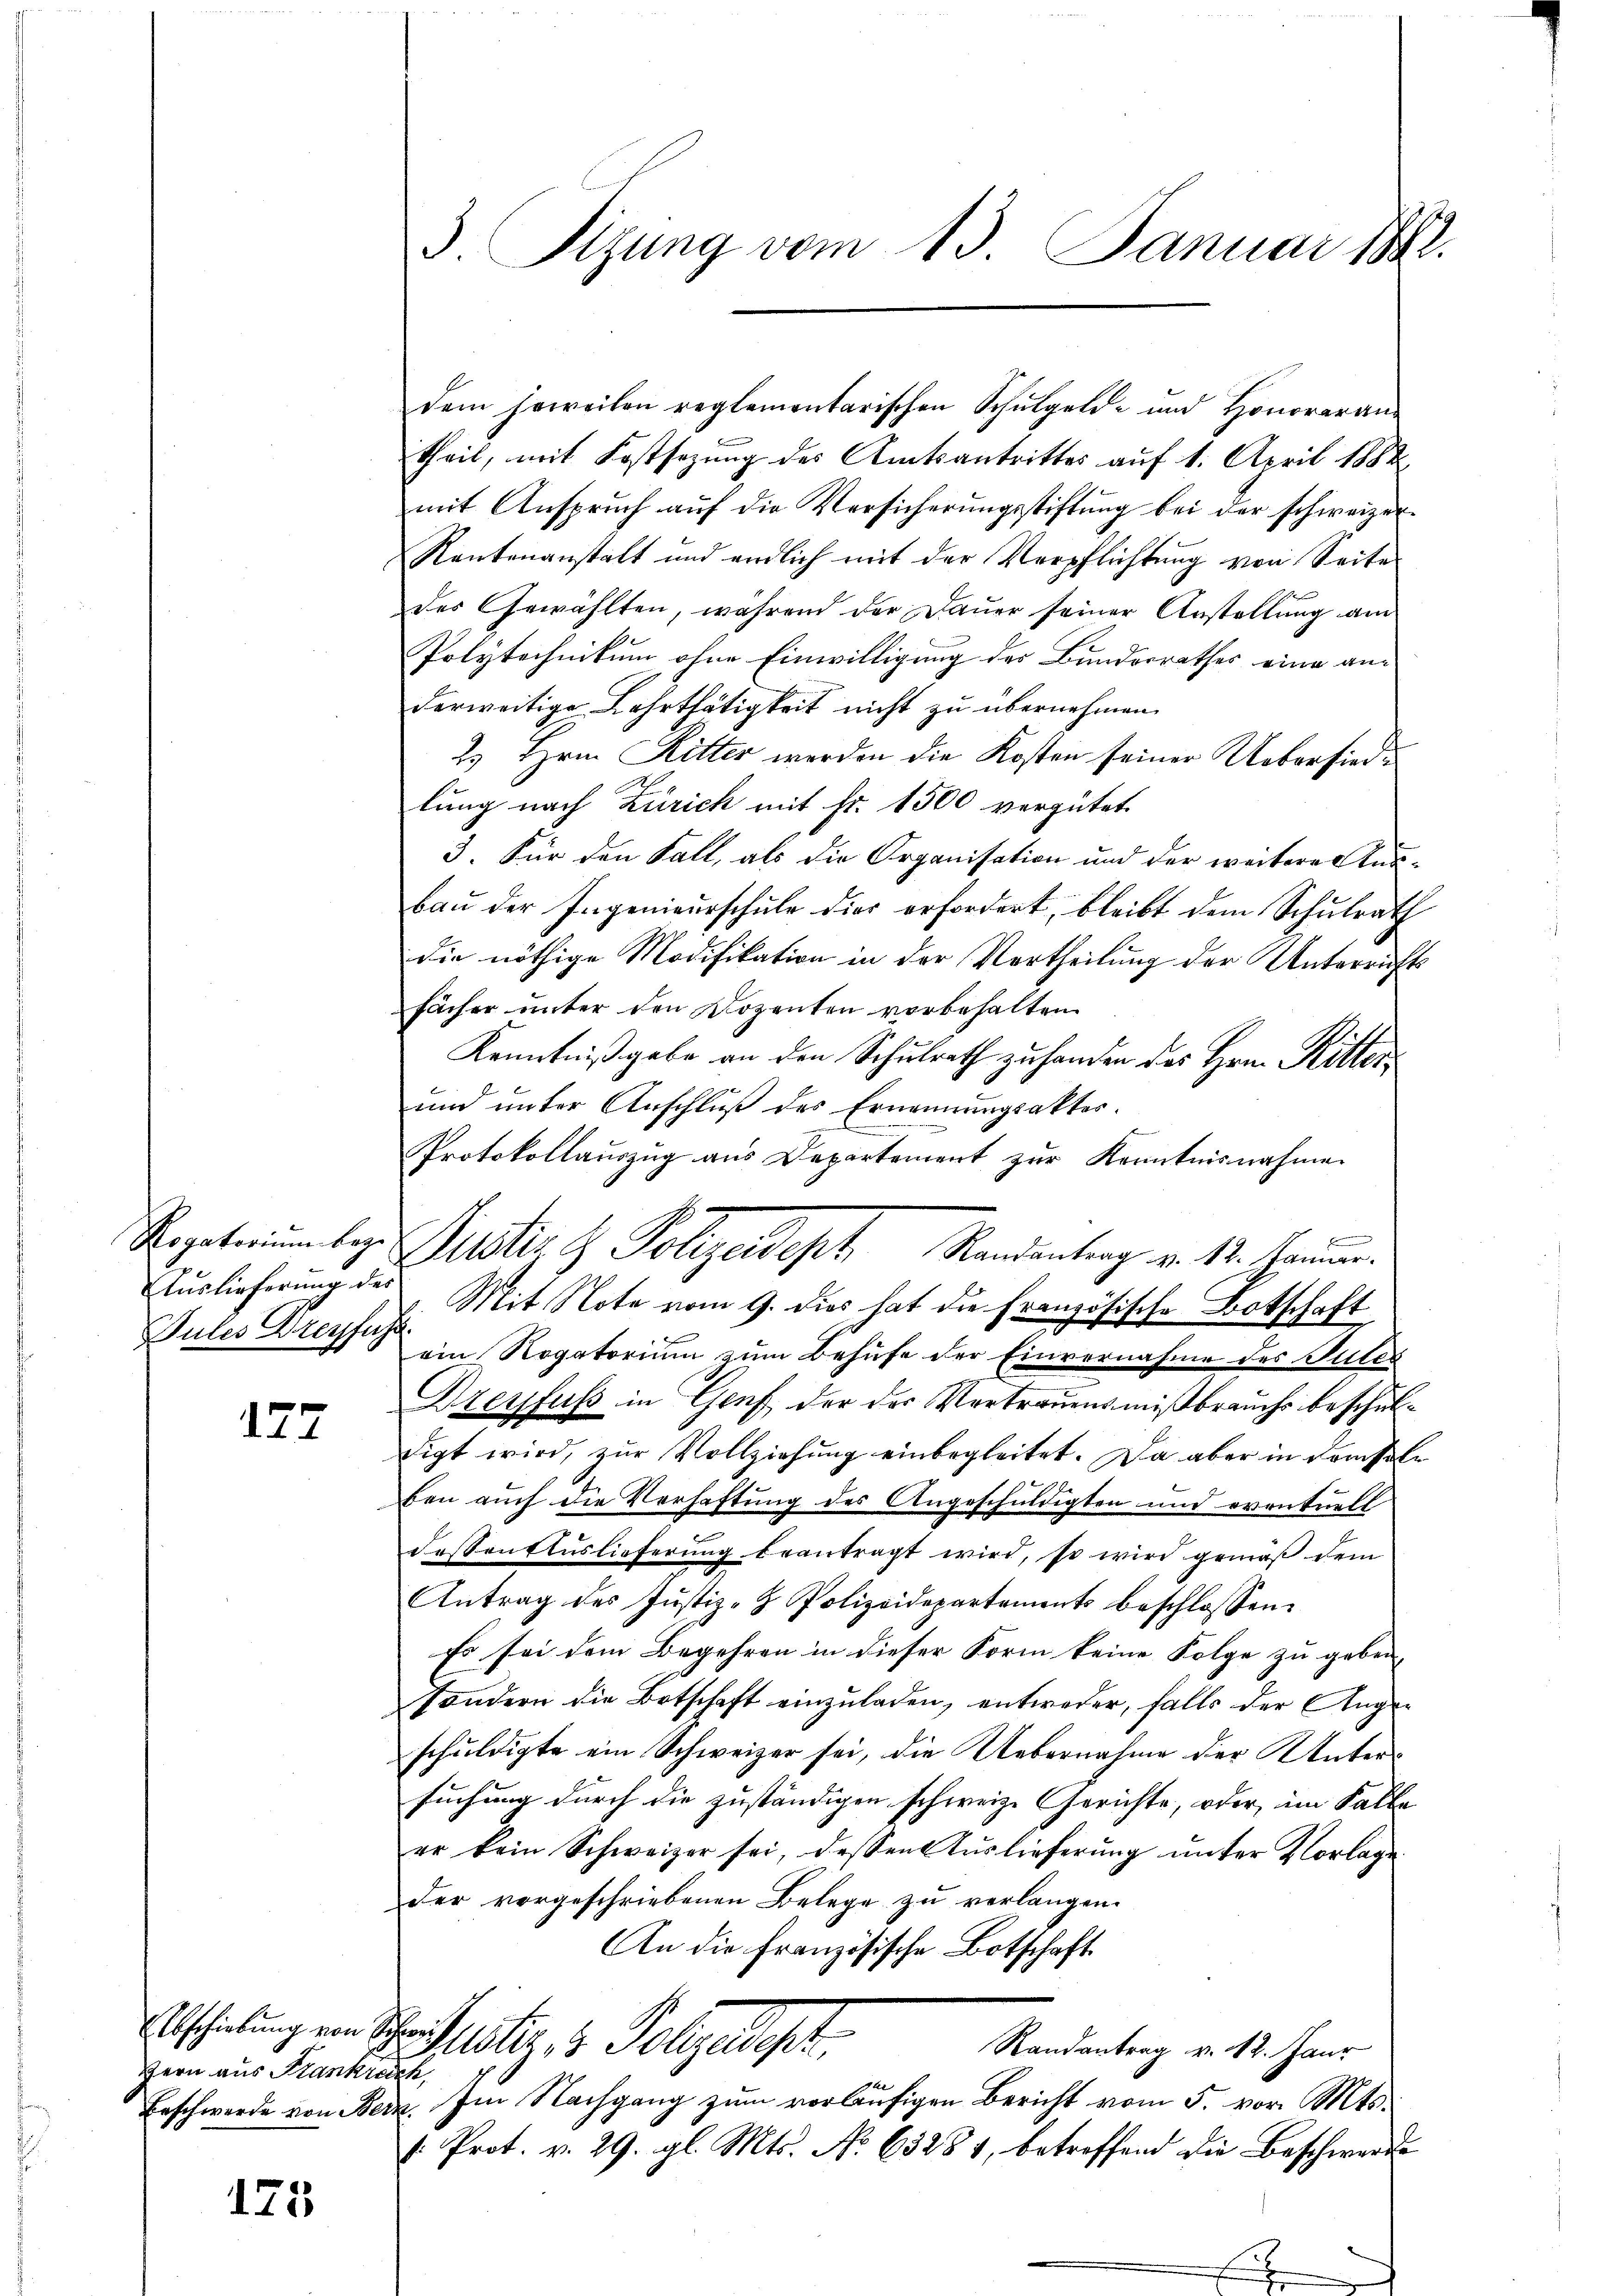
Rogatorium bez.
Auslieferung des
Pules Dreyfug

172

Abschiebung von 8
Hern aus Frankie
Beschwerde von Ber

175

r

d. Sizung vom 13. Januar 1890.

dem soweilen reglementarischen Schŭlgeld- und Honoraran-
theil, mit Festsezung des Amtsantrittes auf 1. April 1882
mit Anspruch auf die Versicherungsstiftung bei der schweizer-
Rautenanstalt und endlich mit der Verpflichtung von Seite
des Gewählten, wahrend der Dauer seiner Anstellung am
Polytechnikum ohne Einwilligung des Bundesrathes eine anderweitige Lehrthätigkeit nicht zu übernehmen.
2. Hrn. Ritter werden die Kosten seiner Uebersiede
lung nach Zürich mit fr. 1500 vergütet.
3. Für den Fall, als die Organisation und der weitere Kunbaŭ der Ingenieŭrschŭle dies erfordert, bleibt dem Schŭlrath
die nöthige Modifikation in der Vertheilung der Unterrichts
fächer unter den Dozenten vorbehalten.
Kenntniß gebe an den Schulrath zu handen des Hrn. Ritter¬
und unter Anschluß des Ernennungsakter.
Protokollauszug aus Departement zur Kenntnisnahme
Mit Note vom 9. dies hat die französische Botschaft
ein Rogatorium zum Behufe der Einvernahme des Gutes
Dzeyfuss in Genf der der Vertrauensmißbrauchs beschuldigt wird, zur Vollziehung einbegleitet. Da aber in demsel
ben auch die Verhaftung des Angeschuldigten und eventuell
dessen Auslieferŭng beantragt wird, so wird gemäβ dem
Antrag des Jŭstiz- & Polizeidepartements beschlossen:
Es sei dem Begehren in dieser Form keine Folge zu geben,
Sondern die Botschaft einzuladen, entweder, falls der Angeschuldigte ein Schweizer sei, die Uebernahme der Untersuchung durch die zuständigen schweiz. Gerichte, oder im Falle
er kein Schweizer sei, dessen Auslieferung unter Vorlage
der vorgeschriebenen Belege zu verlangen.
An die Französische Botschaft.
e
Justiz, v. Polyedept.
Randantrag v. 12. Jaur
7
2. Im Nachgang zum vorläufigen Bericht vom 5. vor. Mts.
s. Prot. v. 29. gl. Mts. No 63284, betreffend die Beschwerde

Justirt Holzadeph Standentrag v. 12. Hammen.